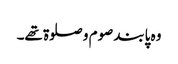
وہ پابند صوم و صلوۃ تھے۔